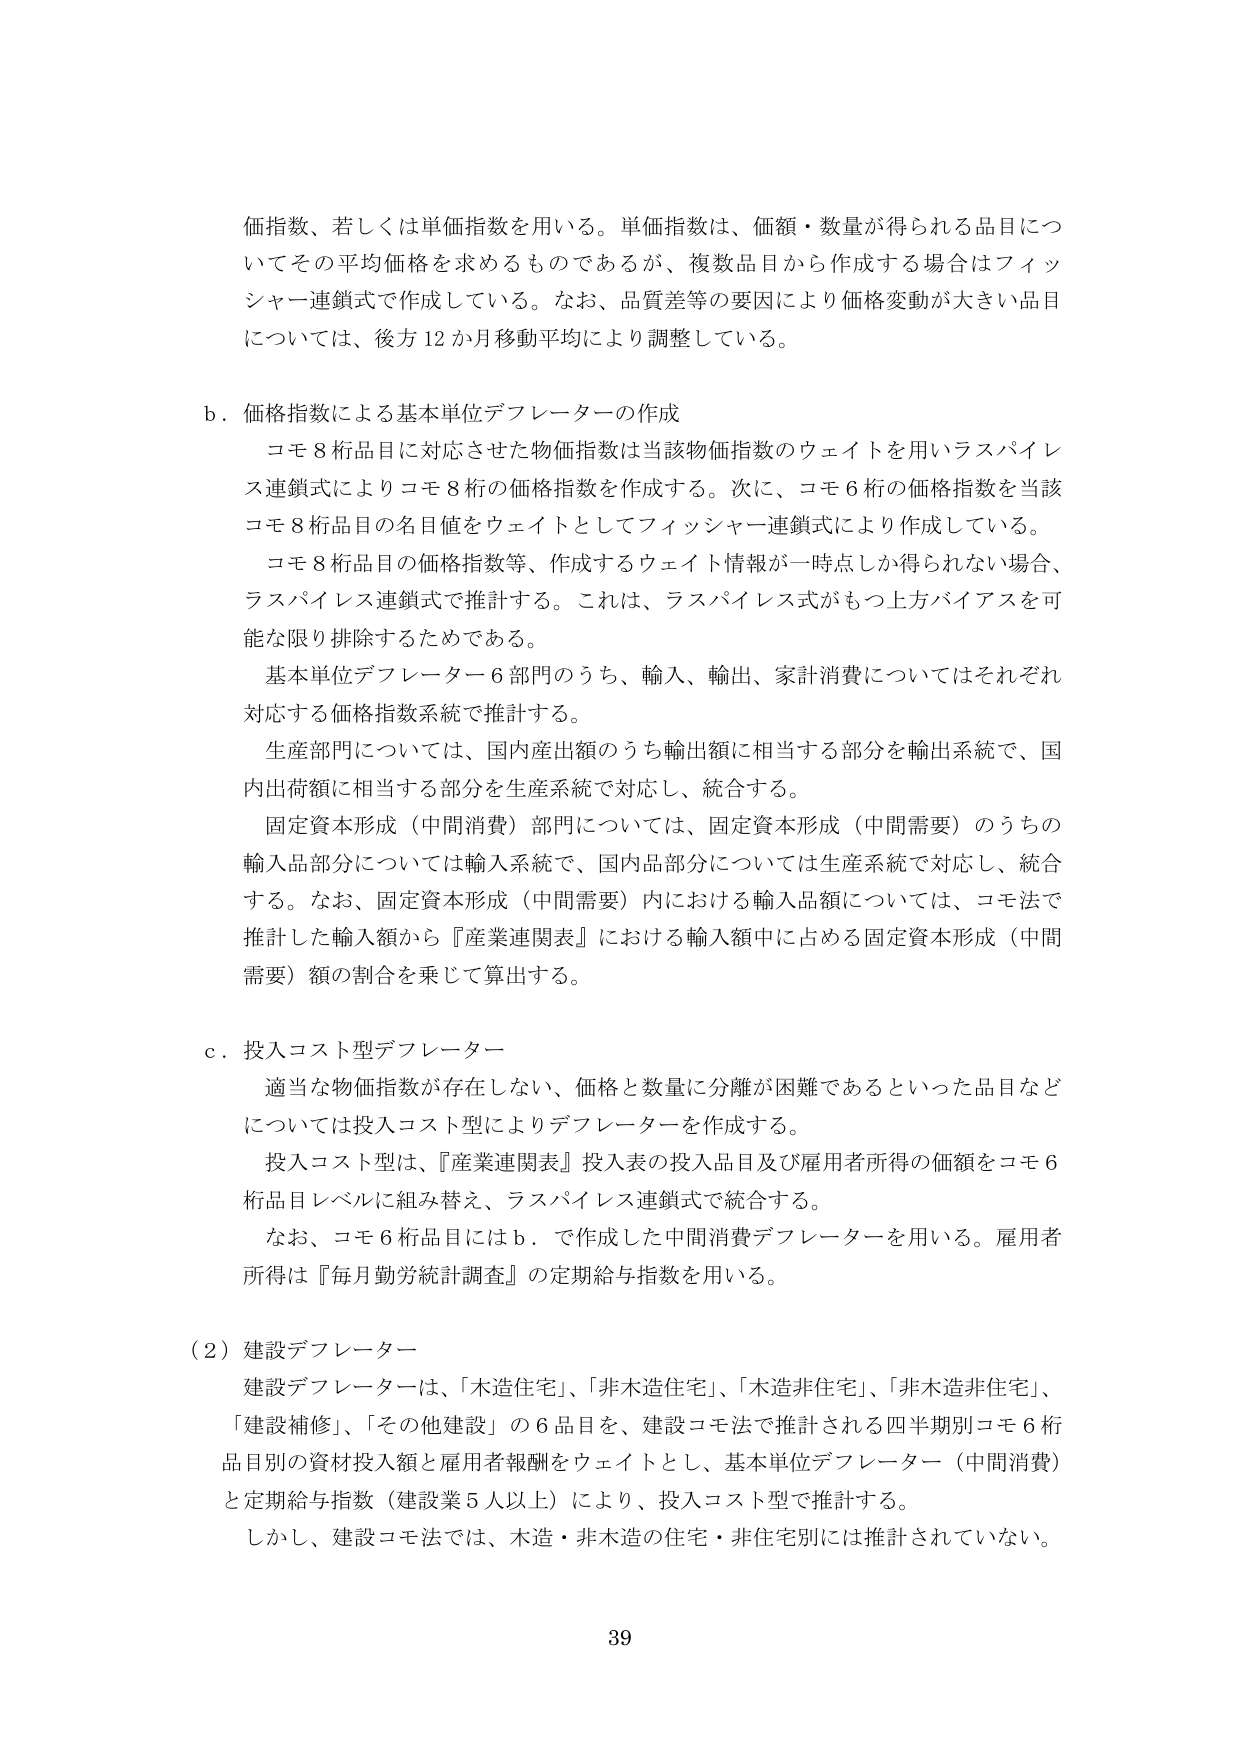
価指数、若しくは単価指数を用いる。単価指数は、価額・数量が得られる品目についてその平均価格を求めるものであるが、複数品目から作成する場合はフィッシャー連鎖式で作成している。なお、品質差等の要因により価格変動が大きい品目については、後方12か月移動平均により調整している。

b．価格指数による基本単位デフレーターの作成
コモ8桁品目に対応させた物価指数は当該物価指数のウェイトを用いラスパイレス連鎖式によりコモ8桁の価格指数を作成する。次に、コモ6桁の価格指数を当該コモ8桁品目の名目値をウェイトとしてフィッシャー連鎖式により作成している。
コモ8桁品目の価格指数等、作成するウェイト情報が一時点しか得られない場合、ラスパイレス連鎖式で推計する。これは、ラスパイレス式がもつ上方バイアスを可能な限り排除するためである。
基本単位デフレーター6部門のうち、輸入、輸出、家計消費についてはそれぞれ対応する価格指数系統で推計する。
生産部門については、国内産出額のうち輸出額に相当する部分を輸出系統で、国内出荷額に相当する部分を生産系統で対応し、統合する。
固定資本形成（中間消費）部門については、固定資本形成（中間需要）のうちの輸入品部分については輸入系統で、国内品部分については生産系統で対応し、統合する。なお、固定資本形成（中間需要）内における輸入品額については、コモ法で推計した輸入額から『産業連関表』における輸入額中に占める固定資本形成（中間需要）額の割合を乗じて算出する。

c．投入コスト型デフレーター
適当な物価指数が存在しない、価格と数量に分離が困難であるといった品目などについては投入コスト型によりデフレーターを作成する。
投入コスト型は、『産業連関表』投入表の投入品目及び雇用者所得の価額をコモ6桁品目レベルに組み替え、ラスパイレス連鎖式で統合する。
なお、コモ6桁品目にはb．で作成した中間消費デフレーターを用いる。雇用者所得は『毎月勤労統計調査』の定期給与指数を用いる。

（2）建設デフレーター
建設デフレーターは、「木造住宅」、「非木造住宅」、「木造非住宅」、「非木造非住宅」、「建設補修」、「その他建設」の6品目を、建設コモ法で推計される四半期別コモ6桁品目別の資材投入額と雇用者報酬をウェイトとし、基本単位デフレーター（中間消費）と定期給与指数（建設業5人以上）により、投入コスト型で推計する。
しかし、建設コモ法では、木造・非木造の住宅・非住宅別には推計されていない。

39